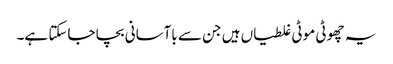
یہ چھوٹی موٹی غلطیاں ہیں جن سے باآسانی بچا جاسکتا ہے۔